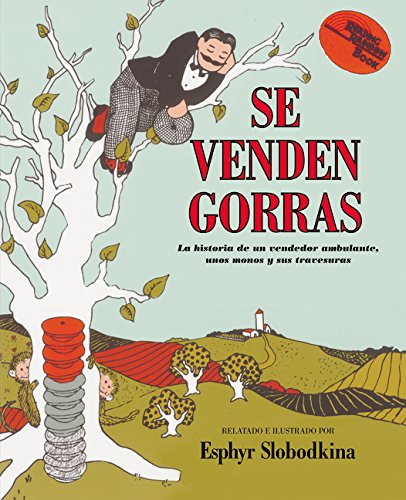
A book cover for Caps For Sale / Se Venden Gorras (Reading Rainbow Book) (Spanish Edition); Esphyr Slobodkina; Children's Books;